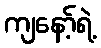
ကျနော့်ရဲ့